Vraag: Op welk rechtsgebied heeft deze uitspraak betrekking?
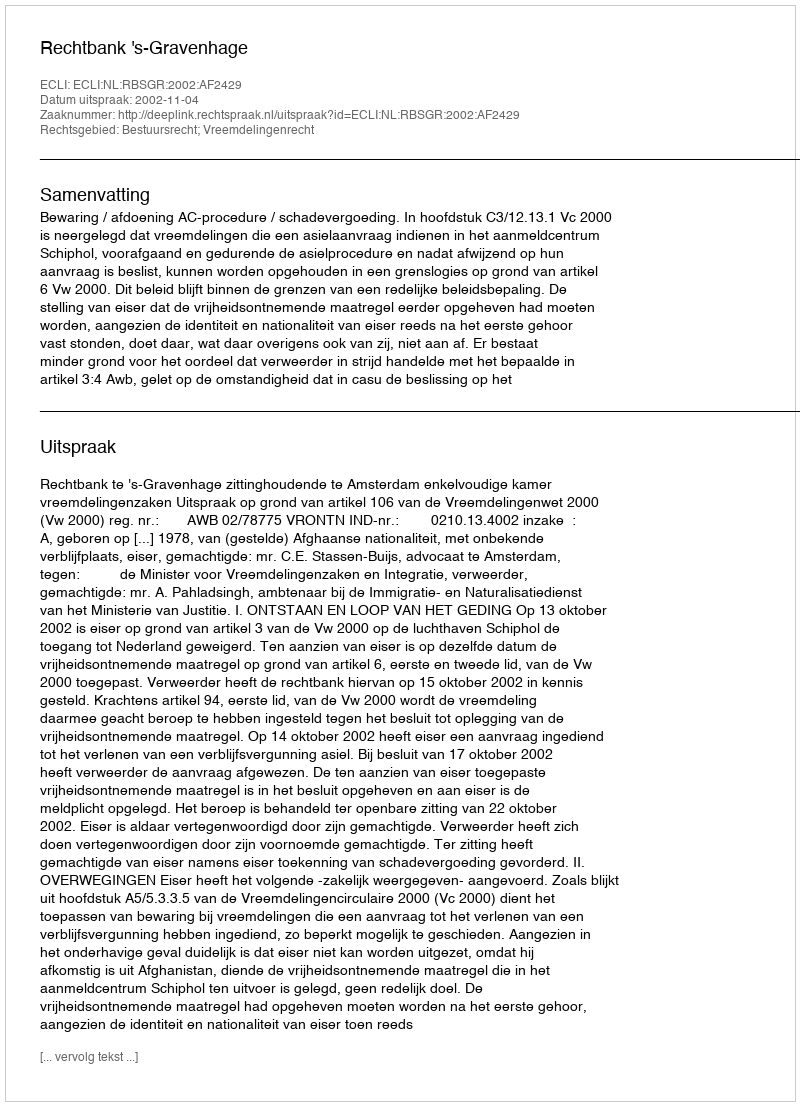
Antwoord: Bestuursrecht; Vreemdelingenrecht